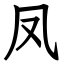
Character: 凤